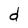
Character: d